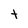
Character: t